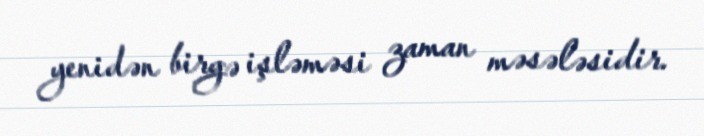
yenidən birgə işləməsi zaman məsələsidir.